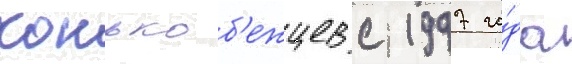
конькоб'ежцев с 1997 го́да